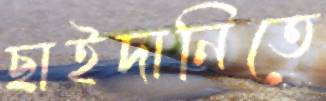
ছাইদানিতে